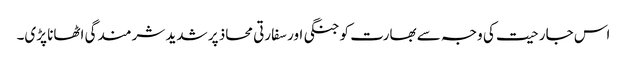
اس جارحیت کی وجہ سے بھارت کو جنگی اور سفارتی محاذ پر شدید شرمندگی اٹھانا پڑی۔